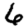
Digit: 6